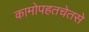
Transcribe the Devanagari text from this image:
कामोपहतचेतसे